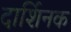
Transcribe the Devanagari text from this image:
दार्शिनक